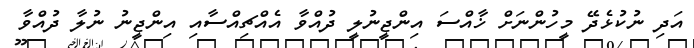
އަދި ނުކުޅެދޭ މީހުންނަށް ޚާއްސަ އިންޖީނުލީ ދުއްވާ އެއްޗިއްސާއި އިންޖީނު ނުލާ ދުއްވާ